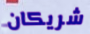
شريكان